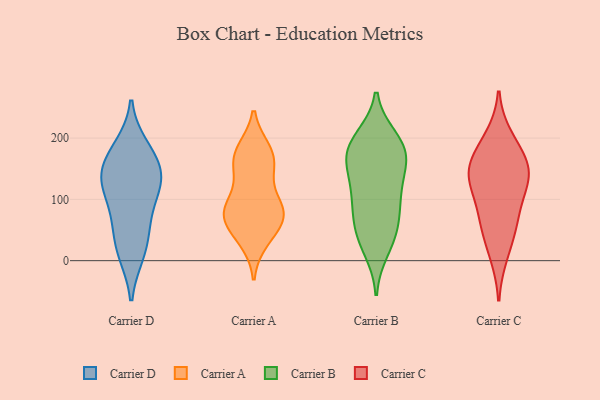
{"axis": {"x": "Website Visitors", "y": "Value"}, "legend": ["Carrier A", "Carrier B", "Carrier C", "Carrier D"], "data": [{"x": "", "y": 173, "type": "Carrier D"}, {"x": "", "y": 123, "type": "Carrier D"}, {"x": "", "y": 118, "type": "Carrier D"}, {"x": "", "y": 184, "type": "Carrier D"}, {"x": "", "y": 71, "type": "Carrier D"}, {"x": "", "y": 130, "type": "Carrier D"}, {"x": "", "y": 18, "type": "Carrier D"}, {"x": "", "y": 59, "type": "Carrier D"}, {"x": "", "y": 156, "type": "Carrier D"}, {"x": "", "y": 13, "type": "Carrier D"}, {"x": "", "y": 137, "type": "Carrier D"}, {"x": "", "y": 73, "type": "Carrier A"}, {"x": "", "y": 179, "type": "Carrier A"}, {"x": "", "y": 89, "type": "Carrier A"}, {"x": "", "y": 140, "type": "Carrier A"}, {"x": "", "y": 156, "type": "Carrier A"}, {"x": "", "y": 70, "type": "Carrier A"}, {"x": "", "y": 90, "type": "Carrier A"}, {"x": "", "y": 77, "type": "Carrier A"}, {"x": "", "y": 44, "type": "Carrier A"}, {"x": "", "y": 79, "type": "Carrier A"}, {"x": "", "y": 34, "type": "Carrier A"}, {"x": "", "y": 174, "type": "Carrier A"}, {"x": "", "y": 171, "type": "Carrier A"}, {"x": "", "y": 161, "type": "Carrier B"}, {"x": "", "y": 49, "type": "Carrier B"}, {"x": "", "y": 121, "type": "Carrier B"}, {"x": "", "y": 39, "type": "Carrier B"}, {"x": "", "y": 199, "type": "Carrier B"}, {"x": "", "y": 157, "type": "Carrier B"}, {"x": "", "y": 57, "type": "Carrier B"}, {"x": "", "y": 19, "type": "Carrier B"}, {"x": "", "y": 185, "type": "Carrier B"}, {"x": "", "y": 95, "type": "Carrier B"}, {"x": "", "y": 113, "type": "Carrier B"}, {"x": "", "y": 173, "type": "Carrier B"}, {"x": "", "y": 174, "type": "Carrier B"}, {"x": "", "y": 194, "type": "Carrier B"}, {"x": "", "y": 90, "type": "Carrier B"}, {"x": "", "y": 11, "type": "Carrier C"}, {"x": "", "y": 137, "type": "Carrier C"}, {"x": "", "y": 161, "type": "Carrier C"}, {"x": "", "y": 141, "type": "Carrier C"}, {"x": "", "y": 179, "type": "Carrier C"}, {"x": "", "y": 83, "type": "Carrier C"}, {"x": "", "y": 132, "type": "Carrier C"}, {"x": "", "y": 132, "type": "Carrier C"}, {"x": "", "y": 200, "type": "Carrier C"}, {"x": "", "y": 51, "type": "Carrier C"}, {"x": "", "y": 66, "type": "Carrier C"}]}